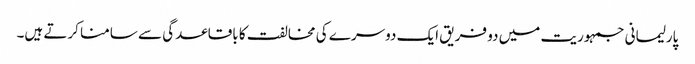
پارلیمانی جمہوریت میں دو فریق ایک دوسرے کی مخالفت کا باقاعدگی سے سامنا کرتے ہیں۔